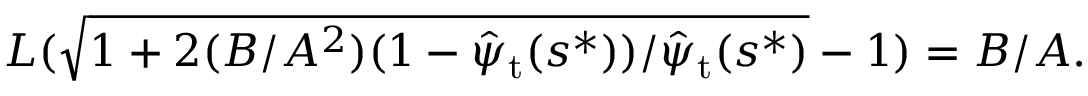
\begin{array} { r } { L ( \sqrt { 1 + 2 ( B / A ^ { 2 } ) ( 1 - \hat { \psi } _ { \mathrm { t } } ( s ^ { * } ) ) / \hat { \psi } _ { \mathrm { t } } ( s ^ { * } ) } - 1 ) = B / A . } \end{array}